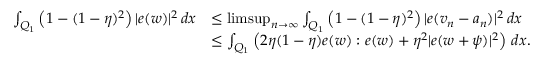
\begin{array} { r l } { \int _ { Q _ { 1 } } \left( 1 - ( 1 - \eta ) ^ { 2 } \right) | e ( w ) | ^ { 2 } \, d x } & { \leq \operatorname* { l i m s u p } _ { n \to \infty } \int _ { Q _ { 1 } } \left( 1 - ( 1 - \eta ) ^ { 2 } \right) | e ( v _ { n } - a _ { n } ) | ^ { 2 } \, d x } \\ & { \le \int _ { Q _ { 1 } } \left( 2 \eta ( 1 - \eta ) e ( w ) : e ( w ) + \eta ^ { 2 } | e ( w + \psi ) | ^ { 2 } \right) \, d x . } \end{array}